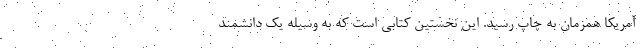
آمریکا همزمان به چاپ رسید. این نخستین کتابی است که به وسیله یک دانشمند